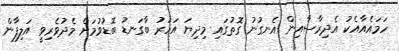
ހަމައެއާއެކު އެދިރާސާއިން އެނގުނު ގޮތުގައި މިދިޔަ އަހަރު ބާގަނޑު ބޮޑުވުމަށް މެދުވެރިވީ އަލިފާން